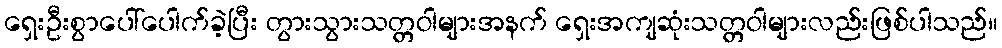
ရှေးဦးစွာပေါ်ပေါက်ခဲ့ပြီး တွားသွားသတ္တဝါများအနက် ရှေးအကျဆုံးသတ္တဝါများလည်းဖြစ်ပါသည်။